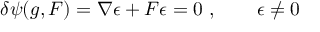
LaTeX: \delta \psi ( g , F ) = \nabla \epsilon + F \epsilon = 0 \ , \qquad \epsilon \neq 0